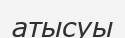
атысуы